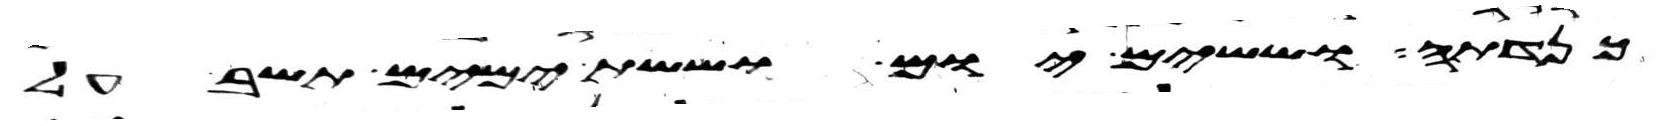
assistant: כנדתה וששים יום וששת ימים תשב על